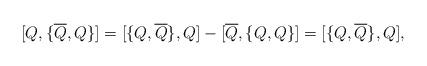
LaTeX: \begin{align*}{[} Q, {\{} \overline{Q}, Q {\}} {]} = {[} {\{}Q, \overline{Q} {\}}, Q {]} - {[} \overline{Q}, {\{} Q , Q {\}} {]} = {[} {\{}Q, \overline{Q} {\}}, Q {]},\end{align*}